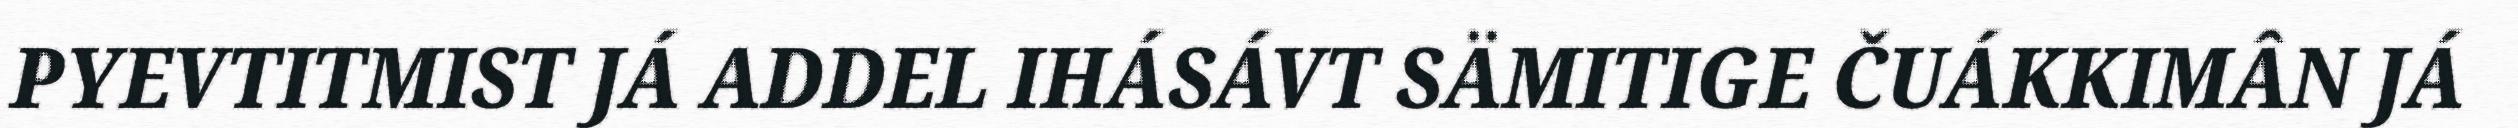
PYEVTITMIST JÁ ADDEL IHÁSÁVT SÄMITIGE ČUÁKKIMÂN JÁ